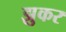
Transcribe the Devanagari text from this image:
झुकर